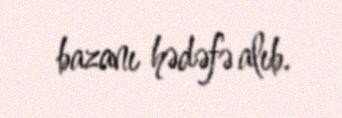
bazanı hədəfə alıb.